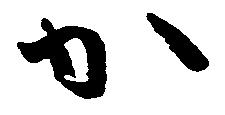
か